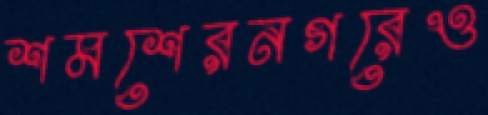
শমশেরনগরেও